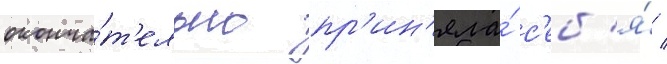
оконча́т'ельно пр'ин'яла́ с'еб'я́ /